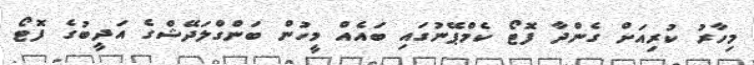
މިހާރު ކުރިއަށް ގެންދާ ފޮޓޯ ކެމްޕޭނުގައި ބައެއް މީހުން ބަންގްލަދޭޝްގެ އަދީބުގެ ފޮޓޯ